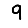
Digit: 9